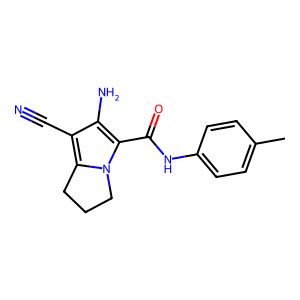
SMILES: Cc1ccc(NC(=O)c2c(N)c(C#N)c3n2CCC3)cc1
Inhibits HIV replication: No